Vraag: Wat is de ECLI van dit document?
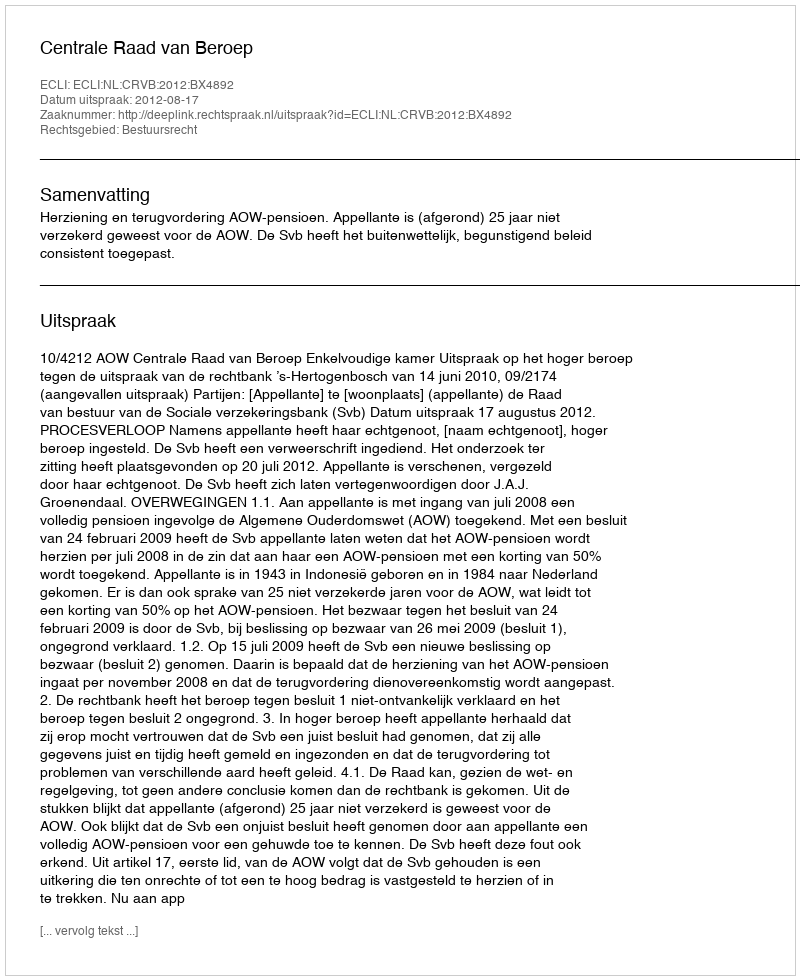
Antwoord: ECLI:NL:CRVB:2012:BX4892